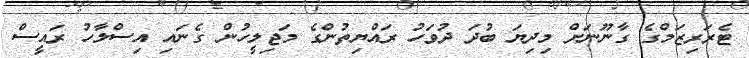
ޓެރަރިޒަމްގެ ގާނޫނަށް މިދިޔަ ބުދަ ދުވަހު ރައްޔިތުންގެ މަޖިލީހުން ގެނައި އިސްލާހު ރައީސް